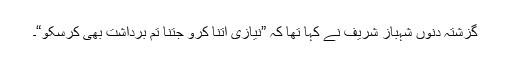
گزشتہ دنوں شہباز شریف نے کہا تھا کہ ”نیازی اتنا کرو جتنا تم برداشت بھی کرسکو“۔